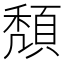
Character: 頽